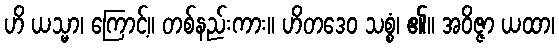
ဟိ ယသ္မာ၊ ကြောင့်။ တစ်နည်းကား။ ဟိတဒေဝ သစ္စံ၊ ၏။ အဝိဇ္ဇာ ယထာ၊